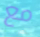
مع